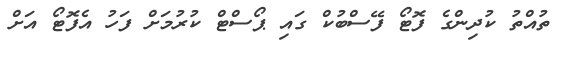
ތުއްތު ކުދިންގެ ފޮޓޯ ފޭސްބުކް ގައި ޕޯސްޓް ކުރުމަށް ފަހު އެފޮޓޯ އަށް